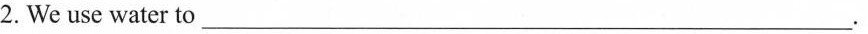
2. We use water to ___.